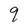
Character: q